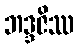
ဘဒ္ဒဇိဿ